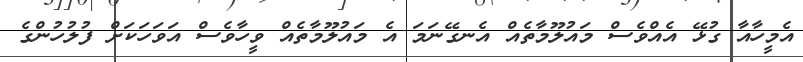
އެމީހާއާ ގުޅޭ އެއްވެސް މައުލޫމާތެއް އެނގޭނަމަ އެ މައުލޫމާތެއް ވީހާވެސް އަވަހަކަަށް ފުލުހުންގެ